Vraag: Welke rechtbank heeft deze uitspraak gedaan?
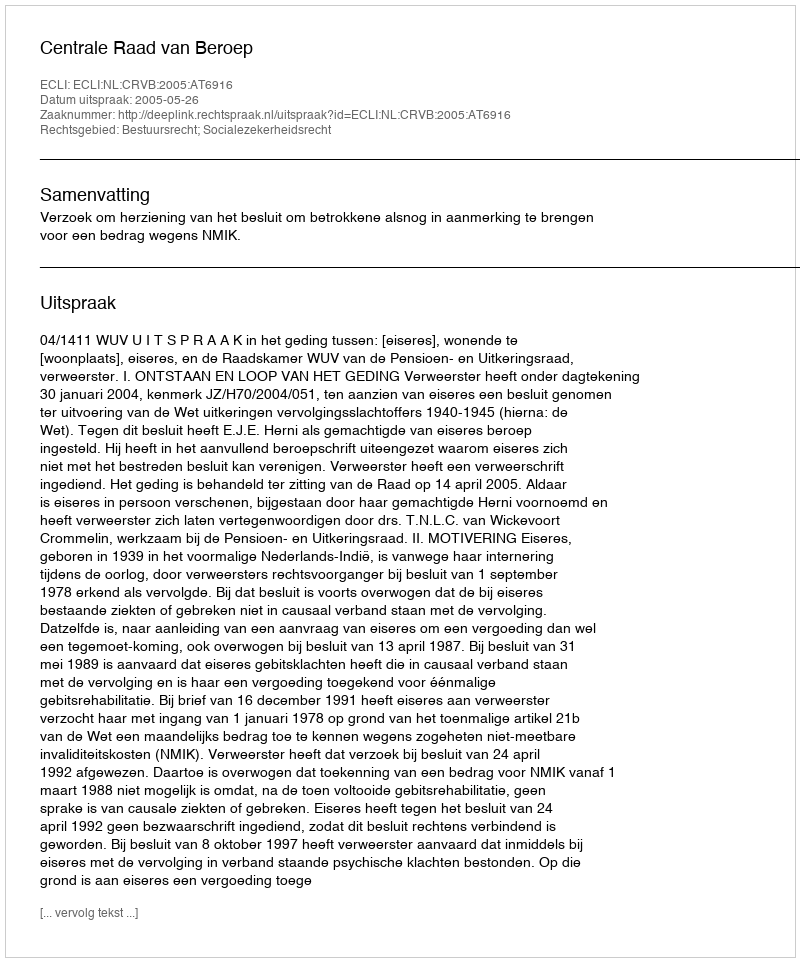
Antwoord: Centrale Raad van Beroep